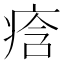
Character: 𭼒